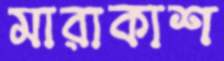
মারাকাশ